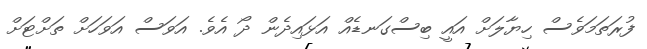
ފުރަތަމަވެސް ހިޔާލަށް އައީ ބިސްގަނޑެއް އަޅައިދެން ދޯ އެވެ. އަވަސް އަވަހަށް ތަށްޓަށް